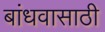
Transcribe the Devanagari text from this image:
बांधवासाठी